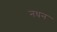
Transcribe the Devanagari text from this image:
नधन